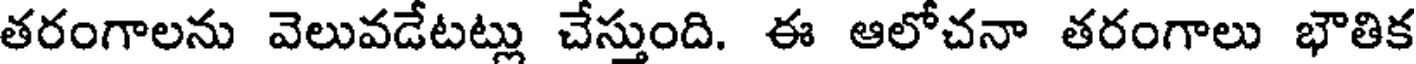
తరంగాలను వెలువడేటట్లు చేస్తుంది. ఈ ఆలోచనా తరంగాలు భౌతిక